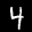
Label: 4